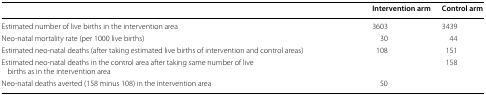
<table><thead><tr><td></td><td><b>Intervention arm</b></td><td><b>Control arm</b></td></tr></thead><tbody><tr><td>Estimated number of live births in the intervention area</td><td>3603</td><td>3439</td></tr><tr><td>Neo-natal mortality rate (per 1000 live births)</td><td>30</td><td>44</td></tr><tr><td>Estimated neo-natal deaths (after taking estimated live births of intervention and control areas)</td><td>108</td><td>151</td></tr><tr><td>Estimated neo-natal deaths in the control area after taking same number of live births as in the intervention area</td><td></td><td>158</td></tr><tr><td>Neo-natal deaths averted (158 minus 108) in the intervention area</td><td colspan="2">50</td></tr></tbody></table>